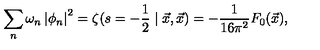
\sum _ { n } \omega _ { n } \left| \phi _ { n } \right| ^ { 2 } = \zeta ( s = - \frac { 1 } { 2 } \mid \vec { x } , \vec { x } ) = - \frac { 1 } { 1 6 \pi ^ { 2 } } F _ { 0 } ( \vec { x } ) ,